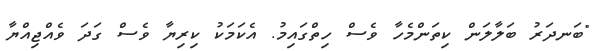
"ބަނދަރު ބަލާލަން ކިތަންމެހާ ވެސް ހިތްގައިމު. އެކަމަކު ކިރިޔާ ވެސް ގަދަ ވެއްޖިއްޔާ